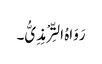
رَوَاہُ التِّرْمِذِیُّ۔